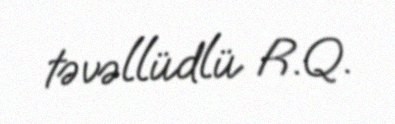
təvəllüdlü R.Q.